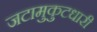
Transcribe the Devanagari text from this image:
जटामुकुटधारी